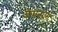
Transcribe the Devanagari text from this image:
वामनयनं